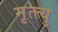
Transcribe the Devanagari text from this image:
मृत्त्यु